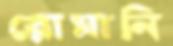
রোমানি